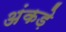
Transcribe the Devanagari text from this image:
अंकड़े